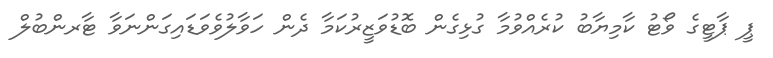
ޕީ ޕާޓީގެ ވޯޓު ކާމިޔާބު ކުރެއްވުމާ ގުޅިގެން ބޮޑުވަޒީރުކަމާ ދެން ހަވާލުވެވަޑައިގަންނަވާ ޓާރންބުލް